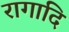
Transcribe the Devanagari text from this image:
रागादि